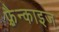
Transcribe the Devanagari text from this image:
फ़्रैन्काइज